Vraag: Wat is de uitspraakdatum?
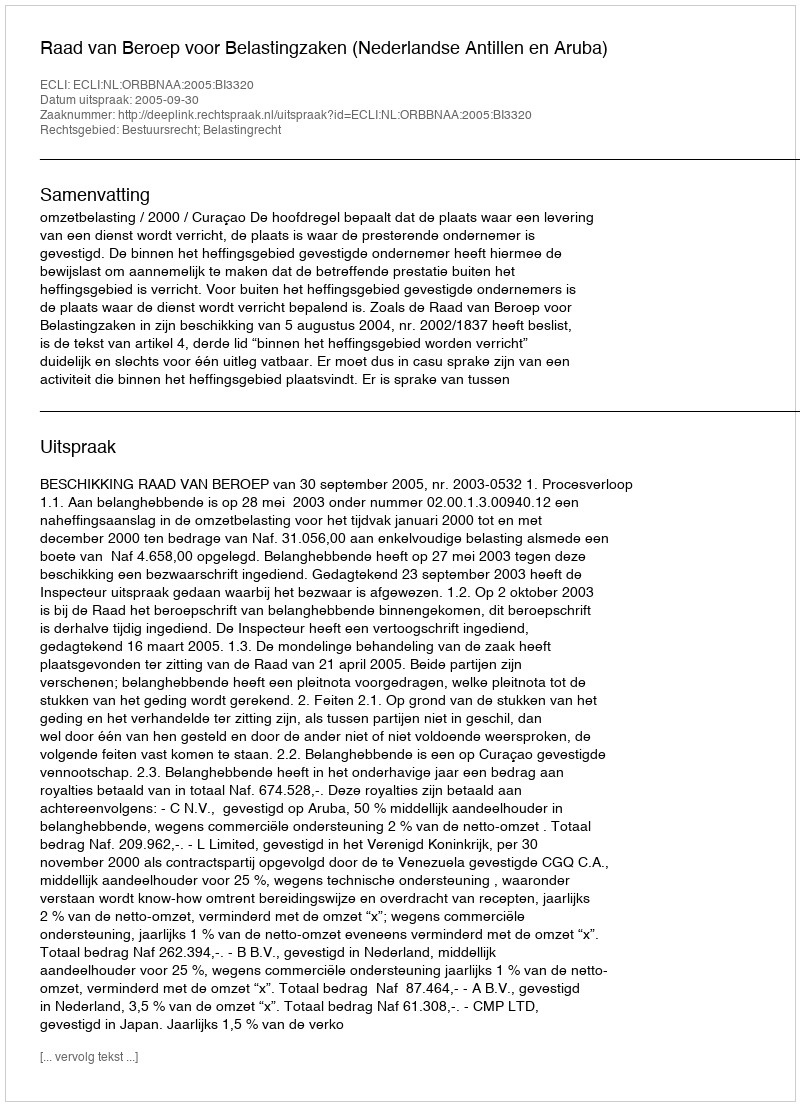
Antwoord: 2005-09-30